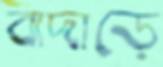
বাদাড়ে